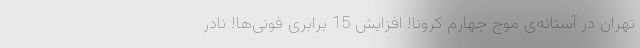
تهران در آستانه‌ی موج چهارم کرونا! افزایش 15 برابری فوتی‌ها! نادر